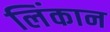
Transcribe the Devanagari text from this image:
लिंकान